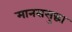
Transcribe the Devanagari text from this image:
मानससुद्धा